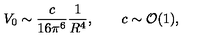
V _ { 0 } \sim \frac { c } { 1 6 \pi ^ { 6 } } \frac { 1 } { R ^ { 4 } } , \qquad c \sim { \cal O } ( 1 ) ,